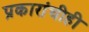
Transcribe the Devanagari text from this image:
प्रकारांचीही